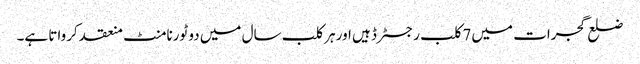
ضلع گجرات میں 7کلب رجسٹرڈ ہیں اور ہر کلب سال میں دو ٹورنامنٹ منعقد کرواتا ہے۔